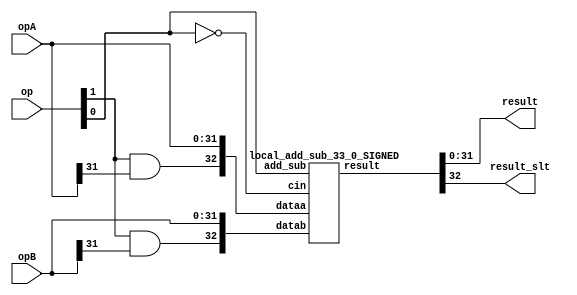
/****************************************************************************
          AddSub unit
- Should perform ADD, ADDU, SUBU, SUB, SLT, SLTU

  is_slt signext addsub
    op[2] op[1] op[0]  |  Operation
0     0     0     0         SUBU
2     0     1     0         SUB
1     0     0     1         ADDU
3     0     1     1         ADD
4     1     0     0         SLTU
6     1     1     0         SLT

****************************************************************************/
//`include "options.v"

module addersub_32 (
            opA, opB,
            op, 
            result,
            result_slt );

input [32-1:0] opA;
input [32-1:0] opB;
//input carry_in;
input [3-1:0] op;

output [32-1:0] result;
output result_slt;

wire carry_out;
wire [32:0] sum;

// Mux between sum, and slt
wire is_slt;
wire signext;
wire addsub;

assign is_slt=op[2];
assign signext=op[1];
assign addsub=op[0];

assign result=sum[32-1:0];
//assign result_slt[32-1:1]={31{1'b0}};
//assign result_slt[0]=sum[32];
assign result_slt=sum[32];

`ifndef USE_INHOUSE_LOGIC
    `define USE_INHOUSE_LOGIC
`endif

`ifdef USE_INHOUSE_LOGIC
wire [(32+1)-1:0] dataa;
wire [(32+1)-1:0] datab;
wire cin;

assign dataa = {signext&opA[32-1],opA};
assign datab = {signext&opB[32-1],opB};
assign cin = ~addsub;

  local_add_sub_33_0_SIGNED local_adder_inst(
      .dataa(dataa),
      .datab(datab),
      .cin(cin),
      .add_sub(addsub),
      .result(sum)
  );
//  defparam
//      local_adder_inst.32 = 32+1,
//      local_adder_inst.PIPELINE = 0,
//      local_adder_inst.REPRESENTATION = "SIGNED";
`else
lpm_add_sub adder_inst(
    .dataa({signext&opA[32-1],opA}),
    .datab({signext&opB[32-1],opB}),
    .cin(~addsub),
    .add_sub(addsub),
    .result(sum)
        // synopsys translate_off
        ,
        .cout (),
        .clken (),
        .clock (),
        .overflow (),
        .aclr ()
        // synopsys translate_on
    );
defparam 
    adder_inst.lpm_width=32+1,
    adder_inst.lpm_representation="SIGNED";
`endif

assign carry_out=sum[32];
endmodule

module local_add_sub_33_0_SIGNED(
dataa,
datab,
cin,
add_sub,
result
);

parameter WIDTH = 33;
parameter PIPELINE = 0;
parameter REPRESENTATION = "SIGNED";

input[WIDTH-1:0] dataa;
input[WIDTH-1:0] datab;
input cin;
input add_sub;
output reg [WIDTH-1:0] result;

always @(*)begin
    if(add_sub == 1'b1)
         result = dataa+datab+cin;
    else
         result = dataa - datab;
end

endmodule